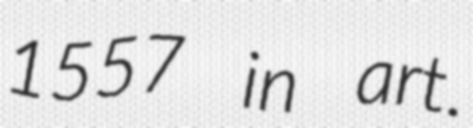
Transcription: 1557 in art.